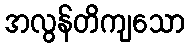
အလွန်တိကျသော